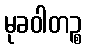
မုခဝါတဉ္စ